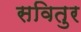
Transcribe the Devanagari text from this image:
सवितुर